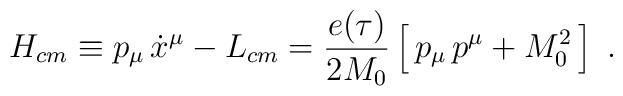
H_{cm}\equiv p_\mu\, \dot x^\mu -L_{cm} ={e(\tau)\over 2M_0}\left[\,	 p_\mu \, p^\mu  + M_0^2\, \right]\ .